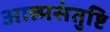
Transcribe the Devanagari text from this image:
आत्मसंतुष्टि